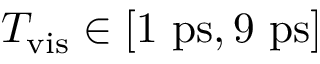
T _ { \mathrm { v i s } } \in [ 1 \ \mathrm { p s } , 9 \ \mathrm { p s } ]